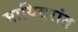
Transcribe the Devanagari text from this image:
मायिदरांत